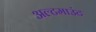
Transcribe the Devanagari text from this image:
अल्टमाउंट